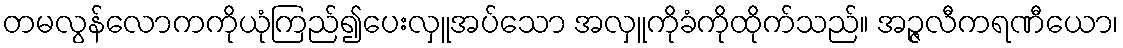
တမလွန်လောကကိုယုံကြည်၍ပေးလှူအပ်သော အလှူကိုခံကိုထိုက်သည်။ အဉ္ဇလီကရဏီယော၊